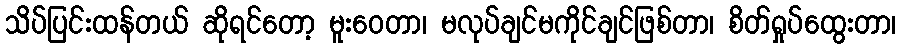
သိပ်ပြင်းထန်တယ် ဆိုရင်တော့ မူးဝေတာ၊ မလုပ်ချင်မကိုင်ချင်ဖြစ်တာ၊ စိတ်ရှုပ်ထွေးတာ၊